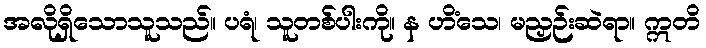
အလိုရှိသောသူသည်။ ပရံ၊ သူတစ်ပါးကို။ န ဟိံသေ၊ မညှဉ်းဆဲရာ။ ဣတိ